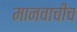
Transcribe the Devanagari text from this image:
मानवाचीच